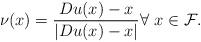
LaTeX: \begin{align*} \nu(x)=\frac{Du(x)-x}{|Du(x)-x|}\forall\ x\in \mathcal F. \end{align*}